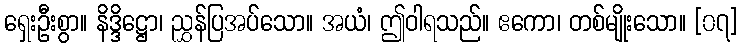
ရှေးဦးစွာ။ နိဒ္ဒိဋ္ဌော၊ ညွှန်ပြအပ်သော။ အယံ၊ ဤဝါရသည်။ ဧကော၊ တစ်မျိုးသော။ [၀၇]